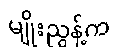
မျိုးညွန့်က